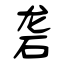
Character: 砻